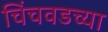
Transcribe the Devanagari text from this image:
चिंचवडच्या